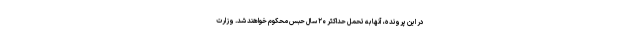
در این پرونده، آنها به تحمل حداکثر ۲۰ سال حبس محکوم خواهند شد. وزارت